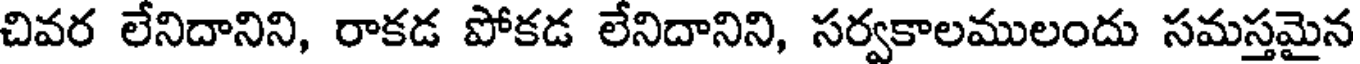
చివర లేనిదానిని, రాకడ పోకడ లేనిదానిని, సర్వకాలములందు సమస్తమైన